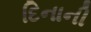
દિનાની